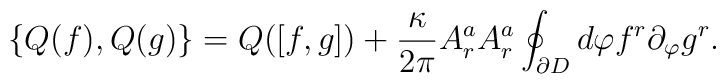
\{ Q(f), Q(g) \} =Q([f,g]) +\frac{\kappa}{2 \pi} A^a_r A^a_r \oint_{\partial D} d \varphi f^r \partial_{\varphi} g^r.